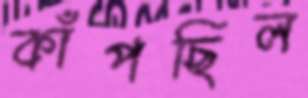
কাঁপছিল